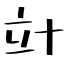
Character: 竍